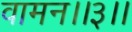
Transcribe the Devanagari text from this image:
वामन।।३।।